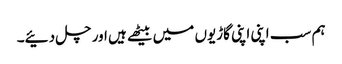
ہم سب اپنی اپنی گاڑیوں میں بیٹھے ہیں اور چل دئیے۔